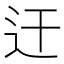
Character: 迀